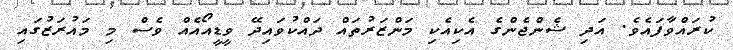
ކުރައްވާފައެވެ. އަދި ޝެންޖެންގެ އެކިއެކި މަންޒަރުތައް ދައްކުވައިދޭ ވީޑީއޯއެއް ވެސް މި މައުރަޒުގައި